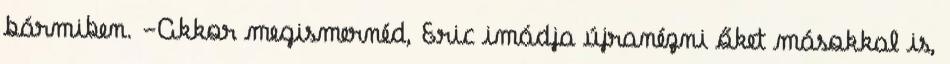
bármiben. -Akkor megismernéd, Eric imádja újranézni őket másokkal is,